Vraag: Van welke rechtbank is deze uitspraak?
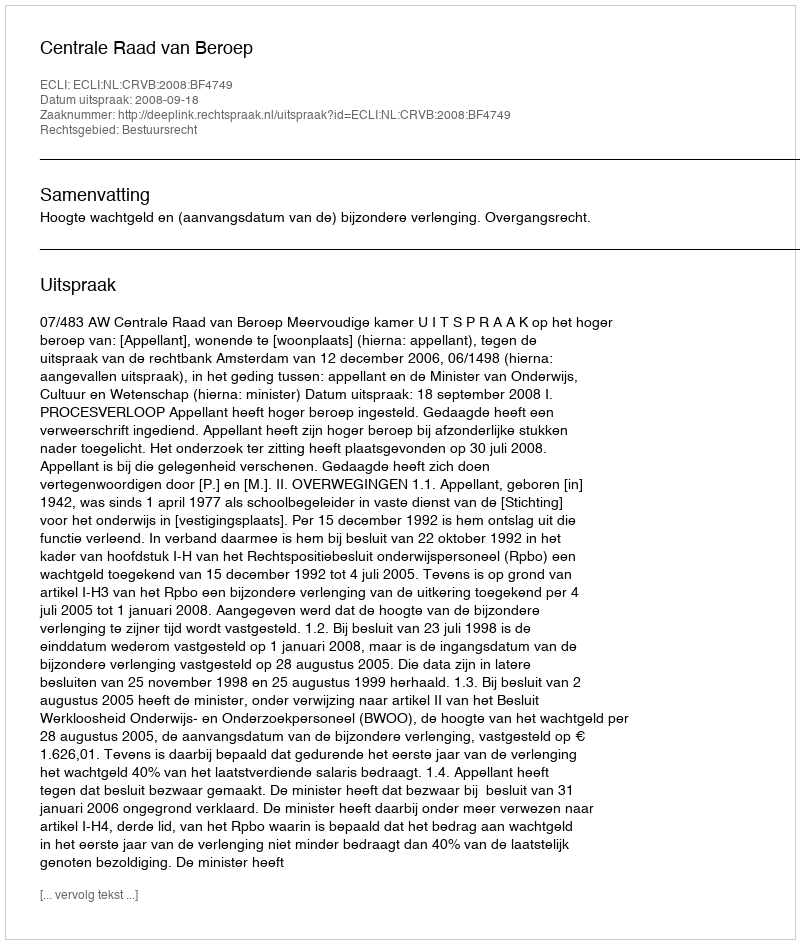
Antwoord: Centrale Raad van Beroep